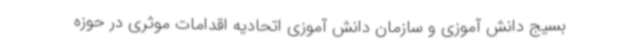
بسیج دانش آموزی و سازمان دانش آموزی اتحادیه اقدامات موثری در حوزه